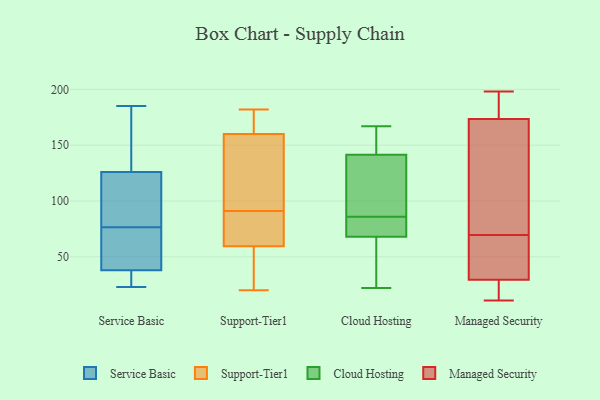
{"axis": {"x": "Page Views", "y": "Value"}, "legend": ["Cloud Hosting", "Managed Security", "Service Basic", "Support-Tier1"], "data": [{"x": "", "y": 30, "type": "Service Basic"}, {"x": "", "y": 62, "type": "Service Basic"}, {"x": "", "y": 83, "type": "Service Basic"}, {"x": "", "y": 38, "type": "Service Basic"}, {"x": "", "y": 124, "type": "Service Basic"}, {"x": "", "y": 144, "type": "Service Basic"}, {"x": "", "y": 23, "type": "Service Basic"}, {"x": "", "y": 23, "type": "Service Basic"}, {"x": "", "y": 115, "type": "Service Basic"}, {"x": "", "y": 70, "type": "Service Basic"}, {"x": "", "y": 176, "type": "Service Basic"}, {"x": "", "y": 50, "type": "Service Basic"}, {"x": "", "y": 126, "type": "Service Basic"}, {"x": "", "y": 185, "type": "Service Basic"}, {"x": "", "y": 163, "type": "Support-Tier1"}, {"x": "", "y": 125, "type": "Support-Tier1"}, {"x": "", "y": 43, "type": "Support-Tier1"}, {"x": "", "y": 79, "type": "Support-Tier1"}, {"x": "", "y": 120, "type": "Support-Tier1"}, {"x": "", "y": 177, "type": "Support-Tier1"}, {"x": "", "y": 181, "type": "Support-Tier1"}, {"x": "", "y": 158, "type": "Support-Tier1"}, {"x": "", "y": 162, "type": "Support-Tier1"}, {"x": "", "y": 22, "type": "Support-Tier1"}, {"x": "", "y": 92, "type": "Support-Tier1"}, {"x": "", "y": 182, "type": "Support-Tier1"}, {"x": "", "y": 64, "type": "Support-Tier1"}, {"x": "", "y": 20, "type": "Support-Tier1"}, {"x": "", "y": 55, "type": "Support-Tier1"}, {"x": "", "y": 66, "type": "Support-Tier1"}, {"x": "", "y": 90, "type": "Support-Tier1"}, {"x": "", "y": 67, "type": "Support-Tier1"}, {"x": "", "y": 24, "type": "Support-Tier1"}, {"x": "", "y": 143, "type": "Support-Tier1"}, {"x": "", "y": 22, "type": "Cloud Hosting"}, {"x": "", "y": 36, "type": "Cloud Hosting"}, {"x": "", "y": 152, "type": "Cloud Hosting"}, {"x": "", "y": 66, "type": "Cloud Hosting"}, {"x": "", "y": 167, "type": "Cloud Hosting"}, {"x": "", "y": 108, "type": "Cloud Hosting"}, {"x": "", "y": 86, "type": "Cloud Hosting"}, {"x": "", "y": 74, "type": "Cloud Hosting"}, {"x": "", "y": 159, "type": "Cloud Hosting"}, {"x": "", "y": 110, "type": "Cloud Hosting"}, {"x": "", "y": 74, "type": "Cloud Hosting"}, {"x": "", "y": 42, "type": "Managed Security"}, {"x": "", "y": 30, "type": "Managed Security"}, {"x": "", "y": 106, "type": "Managed Security"}, {"x": "", "y": 107, "type": "Managed Security"}, {"x": "", "y": 189, "type": "Managed Security"}, {"x": "", "y": 11, "type": "Managed Security"}, {"x": "", "y": 59, "type": "Managed Security"}, {"x": "", "y": 166, "type": "Managed Security"}, {"x": "", "y": 14, "type": "Managed Security"}, {"x": "", "y": 184, "type": "Managed Security"}, {"x": "", "y": 21, "type": "Managed Security"}, {"x": "", "y": 54, "type": "Managed Security"}, {"x": "", "y": 198, "type": "Managed Security"}, {"x": "", "y": 181, "type": "Managed Security"}, {"x": "", "y": 29, "type": "Managed Security"}, {"x": "", "y": 80, "type": "Managed Security"}]}